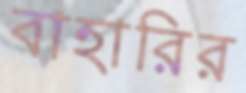
বাহারির